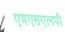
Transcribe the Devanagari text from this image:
एमएसएलपी